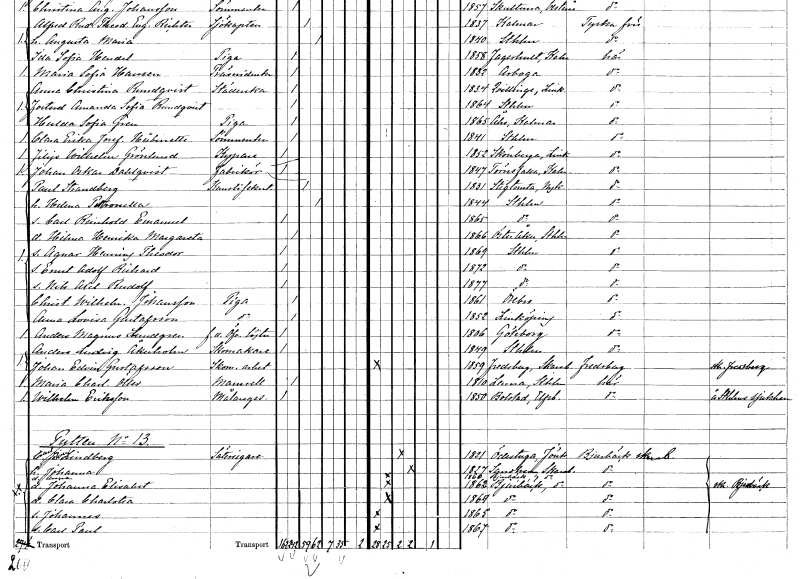
gt_parse: households: individuals: FN: Paul
EN: Strandberg
YRKE: Kanslisekreterare
KON: M
CIV: G
FODAR: 1831
FODFORS: Stigtomta Södermanlands län
FN: Helena Petronella
KON: K
CIV: G
FODAR: 1844
FODFORS: Stockholm
FN: Carl Reinhold Emanuel
KON: M
CIV: O
FODAR: 1865
FODFORS: Stockholm
FN: Hilma Henrika Margareta
KON: K
CIV: O
FODAR: 1866
FODFORS: Österåker Stockholms län
FN: Agnar Henning Theodor
KON: M
CIV: O
FODAR: 1869
FODFORS: Stockholm
FN: Ernst Adolf Richard
KON: M
CIV: O
FODAR: 1872
FODFORS: Stockholm
FN: Nils Axel Rudolf
KON: M
CIV: O
FODAR: 1877
FODFORS: Stockholm
FN: Christina Wilhelmina
EN: Johansson
YRKE: Piga
KON: K
CIV: O
FODAR: 1861
FODFORS: Örebro Örebro län
FN: Anna Lovisa
EN: Gustafsson
YRKE: Piga
KON: K
CIV: O
FODAR: 1852
FODFORS: Linköping Östergötlands län
FN: Anders Magnus
EN: Lundgren
YRKE: Överstelöjtnant f.d.
KON: M
CIV: O
FODAR: 1806
FODFORS: Göteborg Göteborgs- och Bohuslän
FN: Anders Ludvig
EN: Åkerholm
YRKE: Skomakare
KON: M
CIV: O
FODAR: 1849
FODFORS: Stockholm
FN: Johan Edvin
EN: Gustafsson
YRKE: Skomakeriarbetare
KON: M
CIV: O
FODAR: 1859
FODFORS: Fredsberg Skaraborgs län
FN: Maria Charlotta
EN: Öller
KON: K
CIV: O
FODAR: 1810
FODFORS: Länna Stockholms län
FN: Wilhelm
EN: Eriksson
YRKE: Målaregesäll
KON: M
CIV: O
FODAR: 1850
FODFORS: Bolstad Älvsborgs län
FN: Carl Johan
EN: Lindberg
YRKE: Säteriägare
KON: M
CIV: G
FODAR: 1821
FODFORS: Ödestugu Jönköpings län
FN: Johanna
KON: K
CIV: G
FODAR: 1827
FODFORS: Sandhem Skaraborgs län
FN: Anna
KON: K
CIV: O
FODAR: 1860
FODFORS: Bjurbäck Skaraborgs län
FN: Johanna Elisabet
KON: K
CIV: O
FODAR: 1862
FODFORS: Bjurbäck Skaraborgs län
FN: Clara Charlotta
KON: K
CIV: O
FODAR: 1864
FODFORS: Bjurbäck Skaraborgs län
FN: Johannes
KON: M
CIV: O
FODAR: 1865
FODFORS: Bjurbäck Skaraborgs län
FN: Carl Paul
KON: M
CIV: O
FODAR: 1867
FODFORS: Bjurbäck Skaraborgs län